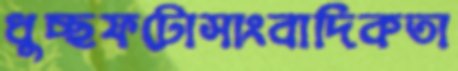
ধুচ্ছফটোসাংবাদিকতা